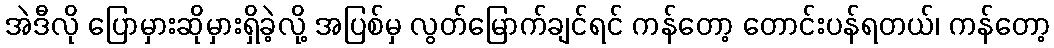
အဲဒီလို ပြောမှားဆိုမှားရှိခဲ့လို့ အပြစ်မှ လွတ်မြောက်ချင်ရင် ကန်တော့ တောင်းပန်ရတယ်၊ ကန်တော့